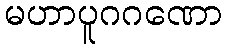
မဟာပူဂဂဏော